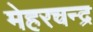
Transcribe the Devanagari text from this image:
मेहरचन्द्र